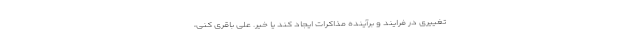
تغییری در فرایند و برآینده مذاکرات ایجاد کند یا خیر. علی باقری کنی،